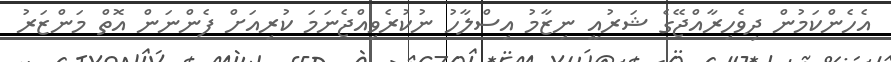
އެހެންކަމުން ދިވެހިރާއްޖޭގެ ޝަރުއީ ނިޒާމު އިސްލާހު ނުކުރެވިއްޖެނަމަ ކުރިއަށް ފެންނަން އޮތް މަންޒަރު